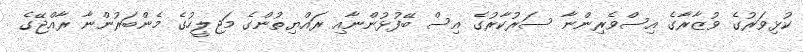
ކުޅިވަރުގެ ވުޒާރާގެ އިސްވެރިންނާ ސަރުކާރުގެ އިސް ބޭފުޅުންނާއި ރައްޔިތުންގެ މަޖިލީހުގެ މެންބަރުންނާ ރާއްޖޭގެ